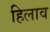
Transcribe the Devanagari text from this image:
हिलाव